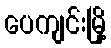
ပေကျင်းမြို့